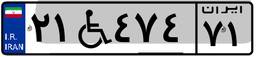
۷۵W۸۸۱۹۳